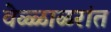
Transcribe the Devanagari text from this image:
वेळ्ळाळरांत